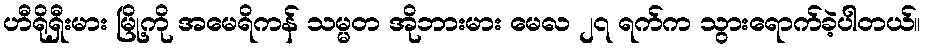
ဟီရိုရှီးမား မြို့ကို အမေရိကန် သမ္မတ အိုဘားမား မေလ ၂၇ ရက်က သွားရောက်ခဲ့ပါတယ်။